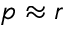
p \approx r